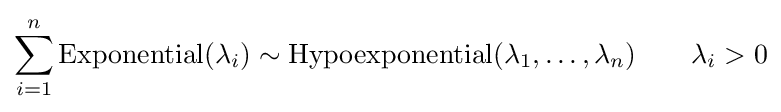
\sum _{i=1}^{n}\operatorname {Exponential} (\lambda _{i})\sim \operatorname {Hypoexponential} (\lambda _{1},\dots ,\lambda _{n})\qquad \lambda _{i}>0